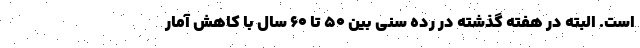
است. البته در هفته گذشته در رده سنی بین ۵۰ تا ۶۰ سال با کاهش آمار